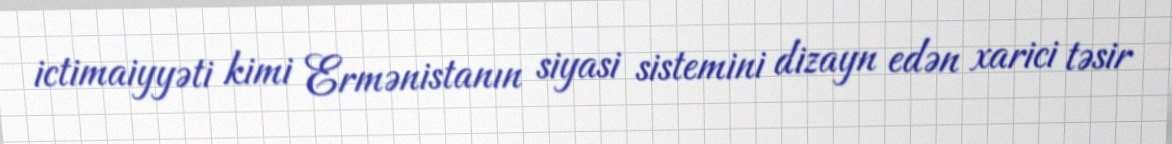
ictimaiyyəti kimi Ermənistanın siyasi sistemini dizayn edən xarici təsir